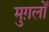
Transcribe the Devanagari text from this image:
मुग़लोँ